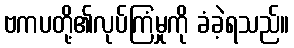
ဗကပတို့၏လုပ်ကြံမှုကို ခံခဲ့ရသည်။